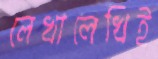
লেখালেখিই